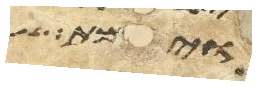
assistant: וימת